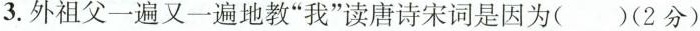
3.外祖父一遍又一遍地教”我”读唐诗宋词是因为()(2分)